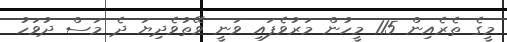
މީގެ ތެރެއިން 115 މީހުން މަރުވެފައި ވަނީ ވޭތުވެދިޔަ ދެ މަސް ދުވަހު